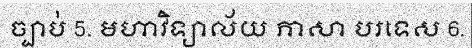
ច្បាប់ 5. មហាវិទ្យាល័យ ភាសា បរទេស 6.